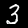
Label: 3